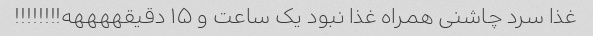
غذا سرد چاشنی همراه غذا نبود یک ساعت و ۱۵ دقیقههههه!!!!!!!!